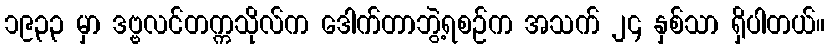
၁၉၃၃ မှာ ဒဗ္ဗလင်တက္ကသိုလ်က ဒေါက်တာဘွဲ့ရစဉ်က အသက် ၂၄ နှစ်သာ ရှိပါတယ်။